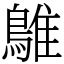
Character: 鵻